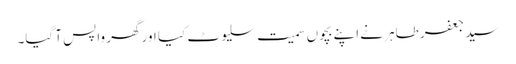
سید جعفر طاہر نے اپنے بچوں سمیت سلیوٹ کیا اور گھر واپس آ گیا۔